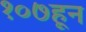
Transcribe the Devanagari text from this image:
१०७हून